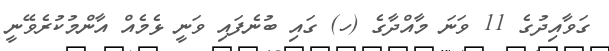
ގަވާއިދުގެ 11 ވަނަ މާއްދާގެ (ހ) ގައި ބުނެފައި ވަނީ ޅެމެއް އާންމުކުރެވޭނީ